Cholera in southern India
Disease focus: Cholera
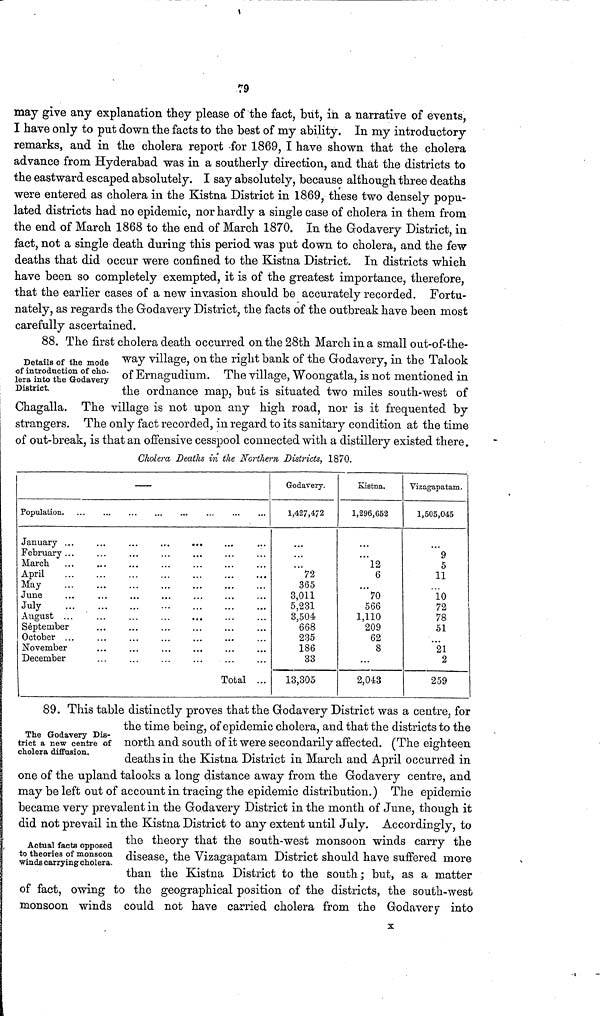
79
may give any explanation they please of the fact, but, in a narrative of events,
I have only to put down the facts to the best of my ability. In my introductory
remarks, and in the cholera report for 1869, I have shown that the cholera
advance from Hyderabad was in a southerly direction, and that the districts to
the eastward escaped absolutely. I say absolutely, because although three deaths
were entered as cholera in the Kistna District in 1869, these two densely popu-
lated districts had no epidemic, nor hardly a single case of cholera in them from
the end of March 1868 to the end of March 1870. In the Grodavery District, in
fact, not a single death during this period was put down to cholera, and the few
deaths that did occur were confined to the Kistna District. In districts which
have been so completely exempted, it is of the greatest importance, therefore,
that the earlier cases of a new invasion should be accurately recorded. Fortu-
nately, as regards the Godavery District, the facts of the outbreak have been most
carefully ascertained.
Details of the mode
of introduction of cho-
lera into the Godavery
District.
88. The first cholera death occurred on the 28th March in a small out-of-the-
way village, on the right bank of the Godavery, in the Talook
of Ernagudium. The village, Woongatla, is not mentioned in
the ordnance map, but is situated two miles south-west of
Chagalla. The village is not upon any high road, nor is it frequented by
strangers. The only fact recorded, in regard to its sanitary condition at the time
of out-break, is that an offensive cesspool connected with a distillery existed there.
Cholera Deaths in the Northern Districts, 1870.
—
Population.
January ...
February ...
March
April
May
June
July
August ...
September
October ...
November
December
Total
Godavery.
1,427,472
72
365
3,011
5,231
3,504
668
235
186
33
13,305
Kistna.
1,296,652
...
12
6
70
566
1,110
209
62
8
2,043
Vizagapatam.
1,505,045
9
5
11
10
72
78
51
...
21
2
259
The Godavery Dis-
trict a new centre of
cholera diffusion.
Actual facts opposed
to theories of monsoon
winds carrying cholera.
89. This table distinctly proves that the Godavery District was a centre, for
the time being, of epidemic cholera, and that the districts to the
north and south of it were secondarily affected. (The eighteen
deaths in the Kistna District in March and April occurred in
one of the upland talooks a long distance away from the Godavery centre, and
may be left out of account in tracing the epidemic distribution.) The epidemic
became very prevalent in the Godavery District in the month of June, though it
did not prevail in the Kistna District to any extent until July. Accordingly, to
the theory that the south-west monsoon winds carry the
disease, the Vizagapatam District should have suffered more
than the Kistna District to the south : but, as a matter
of fact, owing to the geographical position of the districts, the south-west
monsoon winds could not have carried cholera from the Godavery into